Sanitation, dispensaries and jails vaccination Rajputana 1922-1927 - 1922-1927
Year: 1922
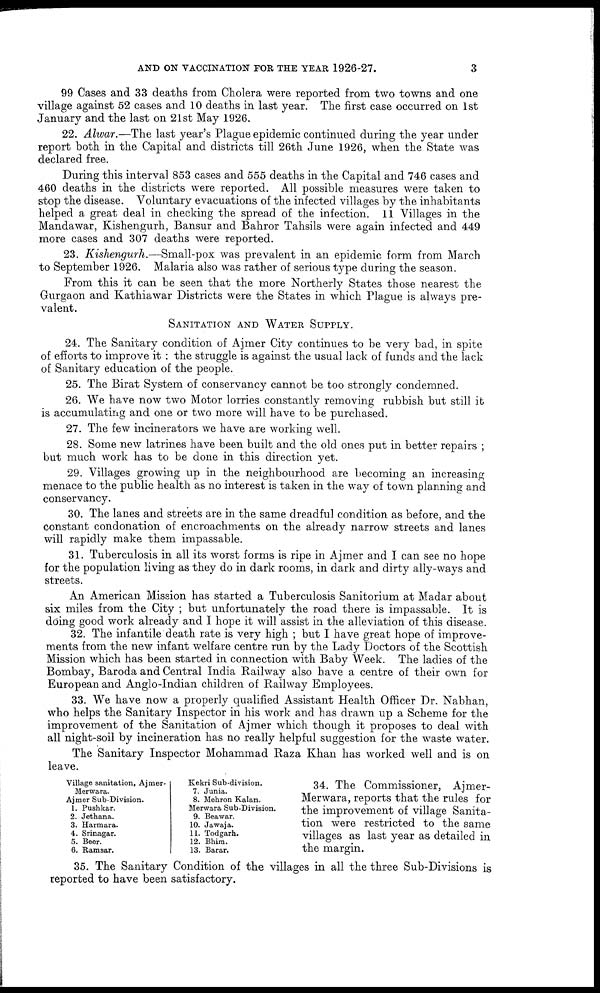
AND ON VACCINATION FOR THE YEAR 1926-27.
3
99 Cases and 33 deaths from Cholera were reported from two towns and one
village against 52 cases and 10 deaths in last year. The first case occurred on 1st
January and the last on 21st May 1926.
22. Alwar.—The last year's Plague epidemic continued during the year under
report both in the Capital and districts till 26th June 1926, when the State was
declared free.
During this interval 853 cases and 555 deaths in the Capital and 746 cases and
460 deaths in the districts were reported. All possible measures were taken to
stop the disease. Voluntary evacuations of the infected villages by the inhabitants
helped a great deal in checking the spread of the infection. 11 Villages in the
Mandawar, Kishengurh, Bansur and Bahror Tahsils were again infected and 449
more cases and 307 deaths were reported.
23. Kishengurh.—Small-pox
was prevalent in an epidemic form from March
to September 1926. Malaria also was rather of serious type during the season.
From this it can be seen that the more Northerly States those nearest the
Gurgaon and Kathiawar Districts were the States in which Plague is always pre-
valent.
SANITATION AND WATER SUPPLY.
24. The Sanitary condition of Ajmer City continues to be very bad, in spite
of efforts to improve it : the struggle is against the usual lack of funds and the lack
of Sanitary education of the people.
25. The Birat System of conservancy cannot be too strongly condemned.
26. We have now two Motor lorries constantly removing rubbish but still it
is accumulating and one or two more will have to be purchased.
27. The few incinerators we have are working well.
28. Some new latrines have been built and the old ones put in better repairs ;
but much work has to be done in this direction yet.
29. Villages growing up in the neighbourhood are becoming an increasing
menace to the public health as no interest is taken in the way of town planning and
conservancy.
30. The lanes and streets are in the same dreadful condition as before, and the
constant condonation of encroachments on the already narrow streets and lanes
will rapidly make them impassable.
31. Tuberculosis in all its worst forms is ripe in Ajmer and I can see no hope
for the population living as they do in dark rooms, in dark and dirty ally-ways and
streets.
An American Mission has started a Tuberculosis Sanitorium at Madar about
six miles from the City ; but unfortunately the road there is impassable. It is
doing good work already and I hope it will assist in the alleviation of this disease.
32. The infantile death rate is very high ; but I have great hope of improve-
ments from the new infant welfare centre run by the Lady Doctors of the Scottish
Mission which has been started in connection with Baby Week. The ladies of the
Bombay, Baroda and Central India Railway also have a centre of their own for
European and Anglo-Indian children of Railway Employees.
33. We have now a properly qualified Assistant Health Officer Dr. Nabhan,
who helps the Sanitary Inspector in his work and has drawn up a Scheme for the
improvement of the Sanitation of Ajmer which though it proposes to deal with
all night-soil by incineration has no really helpful suggestion for the waste water.
The Sanitary Inspector Mohammad Raza Khan has worked well and is on
leave.
Village sanitation, Ajmer-
Merwara.
Ajmer Sub-Division.
1. Pushkar.
2. Jethana.
3. Harmara.
4. Srinagar.
5. Beer.
6. Ramsar.
Kekri Sub-division.
7. Junia.
8. Mehron Kalan.
Merwara Sub-Division.
9. Beawar.
10. Jawaja.
11. Todgarh.
12. Bhira.
13. Barar.
34. The Commissioner, Ajmer-
Merwara, reports that the rules for
the improvement of village Sanita-
tion were restricted to the same
villages as last year as detailed in
the margin.
35. The Sanitary Condition of the villages in all the three Sub-Divisions is
reported to have been satisfactory.